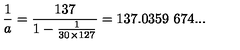
{ \frac { 1 } { a } } = { \frac { 1 3 7 } { 1 - { \frac { 1 } { 3 0 \times 1 2 7 } } } } = 1 3 7 . 0 3 5 9 \ 6 7 4 . . . \nonumber